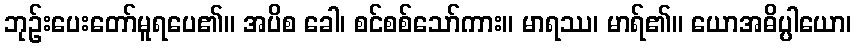
ဘုဉ်းပေးတော်မူရပေ၏။ အပိစ ခေါ၊ စင်စစ်သော်ကား။ မာရဿ၊ မာရ်၏။ ယောအဓိပ္ပါယော၊